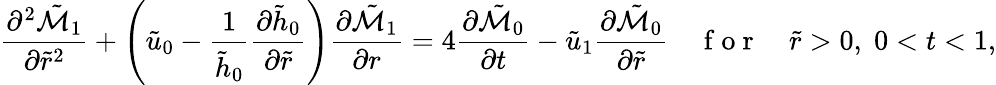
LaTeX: \frac{\partial^{2}\tilde{\mathcal{M}}_{1}}{\partial\tilde{r}^{2}}+\left(\tilde{u}_{0}-\frac{1}{\tilde{h}_{0}}\frac{\partial\tilde{h}_{0}}{\partial\tilde{r}}\right)\frac{\partial\tilde{\mathcal{M}}_{1}}{\partial r}=4\frac{\partial\tilde{\mathcal{M}}_{0}}{\partial t}-\tilde{u}_{1}\frac{\partial\tilde{\mathcal{M}}_{0}}{\partial\tilde{r}}\quad\mathrm{~f~o~r~}\quad\tilde{r}>0,\; 0<t<1,